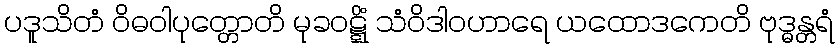
ပဒူသိတံ ဝိဓဝါပုတ္တောတိ မုခဝဋ္ဋိံ သံဝိဒါဝဟာရေ ယထောဒကေတိ ဗုဒ္ဓန္တရံ